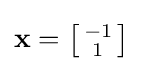
\mathbf {x} =\left[{\begin{smallmatrix}-1\\1\end{smallmatrix}}\right]